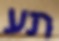
תע